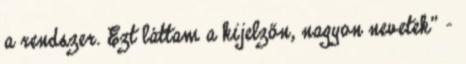
a rendszer. Ezt láttam a kijelzőn, nagyon nevetek" –